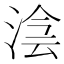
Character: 𣸊